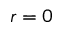
r = 0